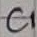
Text: C1